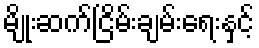
မျိုးဆက်ငြိမ်းချမ်းရေးနှင့်